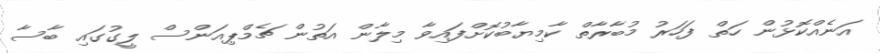
އަނެއްކޮޅުން ހަތް ފަހަރު މުބާރާތް ކާމިޔާބުކޮށްފައިވާ މިލާން އަތުން ޗެމްޕިއަންސް ލީގުގައި ބާސާ